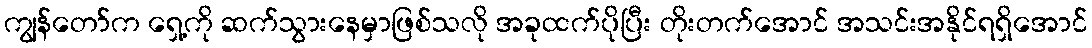
ကျွန်တော်က ရှေ့ကို ဆက်သွားနေမှာဖြစ်သလို အခုထက်ပိုပြီး တိုးတက်အောင် အသင်းအနိုင်ရရှိအောင်